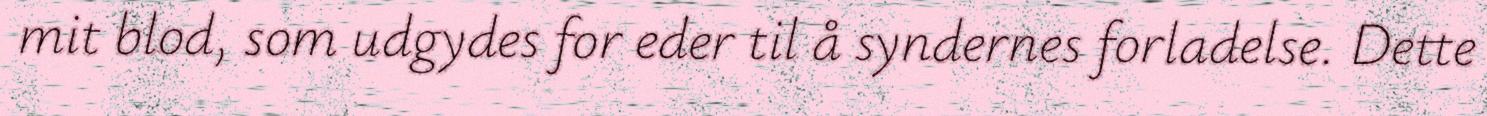
mit blod, som udgydes for eder til å syndernes forladelse. Dette